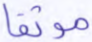
موثقا